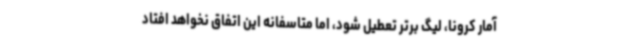
آمار کرونا، لیگ برتر تعطیل شود، اما متاسفانه این اتفاق نخواهد افتاد